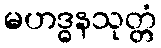
မဟဒ္ဓနသုတ္တံ